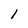
Character: 1